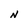
Character: N